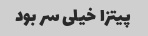
پیتزا خیلی سر بود